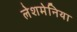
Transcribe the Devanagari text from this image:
लेशमेनिया